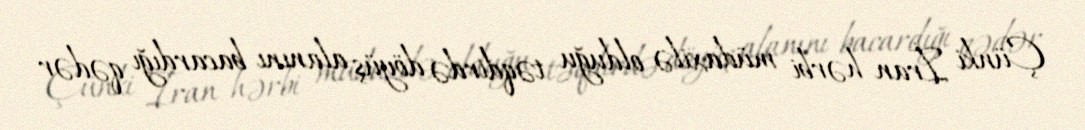
Çünki İran hərbi müdaxilə olduğu təqdirdə döyüş alanını bacardığı qədər